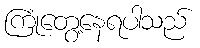
ကြုံတွေ့နေရပါသည်